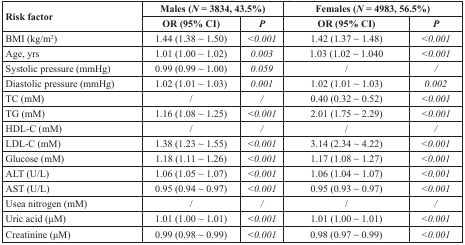
| <ROWSPAN=2> Risk factor | <COLSPAN=2> Males (N = 3834, 43.5%) | <COLSPAN=2> Females (N = 4983, 56.5%) |
 | OR (95% CI) | P | OR (95% CI) | P |
 | --- | --- | --- | --- | --- |
 | BMI (kg/m2) | 1.44 (1.38 ~ 1.50) | <0.001 | 1.42 (1.37 ~ 1.48) | <0.001 |
 | Age, yrs | 1.01 (1.00 ~ 1.02) | 0.003 | 1.03 (1.02 ~ 1.040 | <0.001 |
 | Systolic pressure (mmHg) | 0.99 (0.99 ~ 1.00) | 0.059 | / | / |
 | Diastolic pressure (mmHg) | 1.02 (1.01 ~ 1.03) | 0.001 | 1.02 (1.01 ~ 1.03) | 0.002 |
 | TC (mM) | / | / | 0.40 (0.32 ~ 0.52) | <0.001 |
 | TG (mM) | 1.16 (1.08 ~ 1.25) | <0.001 | 2.01 (1.75 ~ 2.29) | <0.001 |
 | HDL-C (mM) | / | / | / | / |
 | LDL-C (mM) | 1.38 (1.23 ~ 1.55) | <0.001 | 3.14 (2.34 ~ 4.22) | <0.001 |
 | Glucose (mM) | 1.18 (1.11 ~ 1.26) | <0.001 | 1.17 (1.08 ~ 1.27) | <0.001 |
 | ALT (U/L) | 1.06 (1.05 ~ 1.07) | <0.001 | 1.06 (1.04 ~ 1.07) | <0.001 |
 | AST (U/L) | 0.95 (0.94 ~ 0.97) | <0.001 | 0.95 (0.93 ~ 0.97) | <0.001 |
 | Usea nitrogen (mM) | / | / | / | / |
 | Uric acid (μM) | 1.01 (1.00 ~ 1.01) | <0.001 | 1.01 (1.00 ~ 1.01) | <0.001 |
 | Creatinine (μM) | 0.99 (0.98 ~ 0.99) | <0.001 | 0.98 (0.97 ~ 0.99) | <0.001 |